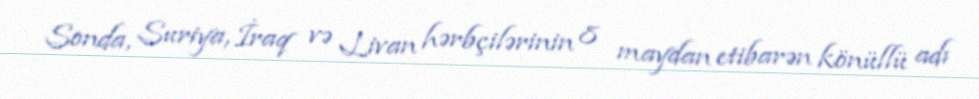
Sonda, Suriya, İraq və Livan hərbçilərinin 8 maydan etibarən könüllü adı